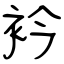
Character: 衿